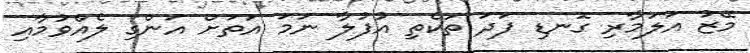
މޭޒު އަލަމާރި ގޮނޑި ފަދަ ތަކެތި އުފުލާ ނަމަ އަތަށް އަންގި ލެއްވުމާއި